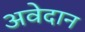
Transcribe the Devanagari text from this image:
अवेदान